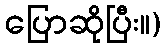
ပြောဆိုပြီး။)